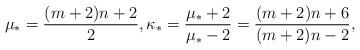
LaTeX: \begin{align*}\mu_\ast =\frac {(m+2)n +2}{2}, \kappa_\ast =\frac {\mu_\ast +2}{\mu_\ast -2} =\frac{(m+2)n+6}{(m+2)n-2},\end{align*}